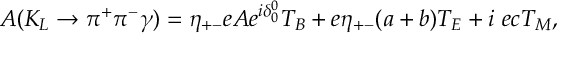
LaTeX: A ( K _ { L } \rightarrow \pi ^ { + } \pi ^ { - } \gamma ) = \eta _ { + - } e A e ^ { i \delta _ { 0 } ^ { 0 } } T _ { B } + e \eta _ { + - } ( a + b ) T _ { E } + i ~ e c T _ { M } ,